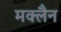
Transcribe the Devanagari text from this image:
मक्लैन